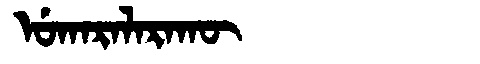
Manchu: ᡠᡴᠠᡵᠠᠯᠠᡵᠠᡴᡡ
Romanization: UKARALARAKŪ